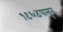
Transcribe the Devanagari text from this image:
१९६४पासून